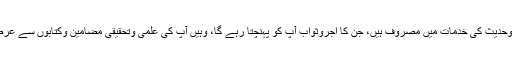
جہاں ایک طرف مولانا مرحوم کے ہزاروں کی تعداد میں شاگرد قرآن وحدیث کی خدمات میں مصروف ہیں، جن کا اجروثواب آپ کو پہنچتا رہے گا، وہیں آپ کی علمی وتحقیقی مضامین وکتابوں سے عرصہ دراز تک استفادہ کیا جاتا رہے گا جو اُن کے لئے صدقہ جاریہ ہے۔